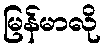
မြန်မာလို